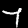
Digit: 7